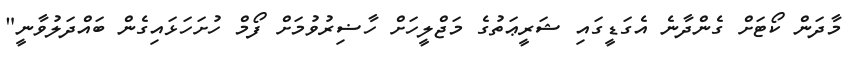
މާދަން ކޯޓަށް ގެންދާނެ އެގަޑީގައި ޝަރީޢަތުގެ މަޖްލީހަށް ހާޟިރުވުމަށް ފޯމް ހުށަހަޅައިގެން ބައްދަލުވާނީ"